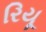
રિયૂ